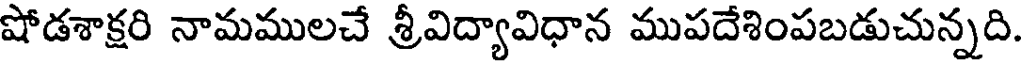
షోడశాక్షరి నామములచే శ్రీవిద్యావిధాన ముపదేశింపబడుచున్నది.